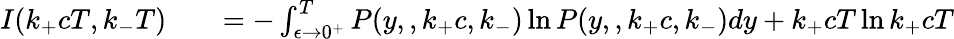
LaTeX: \begin{array}{rlr}{I(k_{+}cT,k_{-}T)}&{{}}&{=-\int_{\epsilon\rightarrow 0^{+}}^{T}P(y,,k_{+}c,k_{-})\ln P(y,,k_{+}c,k_{-})dy+k_{+}cT\ln k_{+}cT}\end{array}